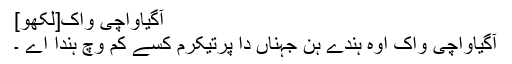
آگیاواچی واک[لکھو]
آگیاواچی واک اوہ ہندے ہن جہناں دا پرتیکرم کسے کم وچ ہندا اے ۔